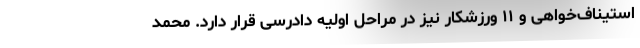
استیناف‌خواهی و ۱۱ ورزشکار نیز در مراحل اولیه دادرسی قرار دارد. محمد